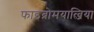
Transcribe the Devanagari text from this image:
फाइब्रोमयाल्जिया